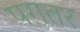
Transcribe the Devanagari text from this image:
पगतर